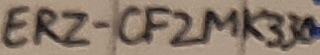
Text: ERZ-CF2MK330